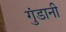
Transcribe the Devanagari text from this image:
गुंडानी